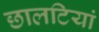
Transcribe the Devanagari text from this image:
छालटियां